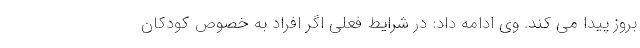
بروز پیدا می کند. وی ادامه داد: در شرایط فعلی اگر افراد به خصوص کودکان